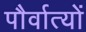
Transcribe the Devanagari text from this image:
पौर्वात्यों